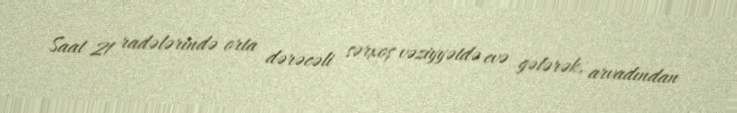
Saat 21 radələrində orta dərəcəli sərxoş vəziyyətdə evə gələrək, arvadından